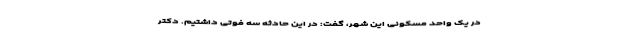
در یک واحد مسکونی این شهر، گفت: در این حادثه سه فوتی داشتیم. دکتر